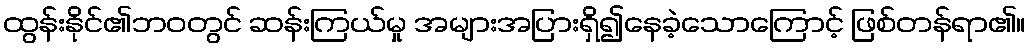
ထွန်းနိုင်၏ဘဝတွင် ဆန်းကြယ်မှု အများအပြားရှိ၍နေခဲ့သောကြောင့် ဖြစ်တန်ရာ၏။